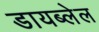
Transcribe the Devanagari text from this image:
डायब्लेल